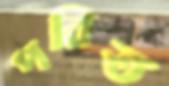
পরিত